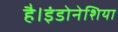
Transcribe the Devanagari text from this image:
है।इंडोनेशिया